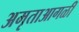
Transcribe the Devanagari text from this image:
अमृताआगळीं